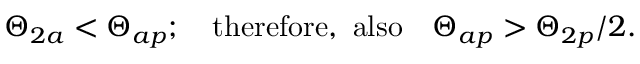
\Theta _ { 2 a } < \Theta _ { a p } ; \quad \mathrm { t h e r e f o r e , ~ a l s o } \quad \Theta _ { a p } > \Theta _ { 2 p } / 2 .